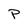
Character: P